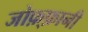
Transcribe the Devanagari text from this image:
जोफ़्फ़ानी